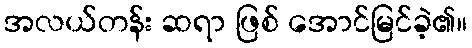
အလယ်တန်း ဆရာ ဖြစ် အောင်မြင်ခဲ့၏။